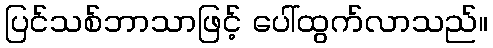
ပြင်သစ်ဘာသာဖြင့် ပေါ်ထွက်လာသည်။